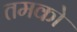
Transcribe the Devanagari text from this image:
तमको